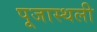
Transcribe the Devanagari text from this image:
पूजास्थली